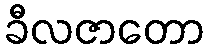
ခီလဇာတော